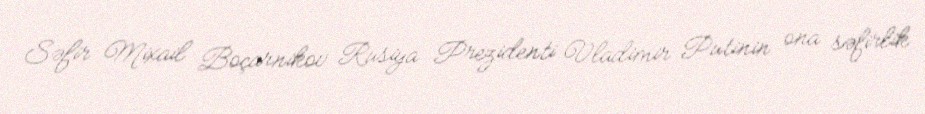
Səfir Mixail Boçarnikov Rusiya Prezidenti Vladimir Putinin ona səfirlik